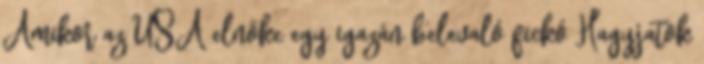
Amikor az USA elnöke egy igazán belevaló fickó Hagyjatok